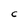
Character: C